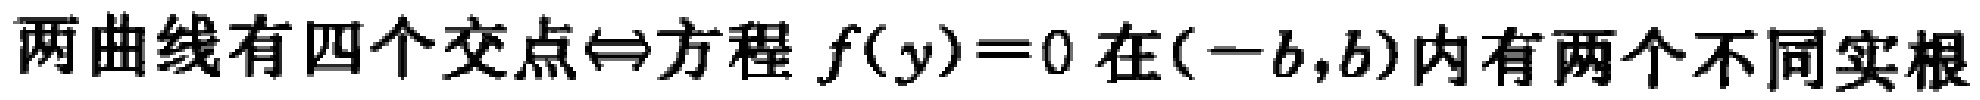
两曲线有四个交点$\Leftrightarrow$方程$f(y)=0$在$(-b,b)$内有两个不同实根